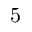
5